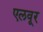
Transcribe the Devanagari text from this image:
एलवूर